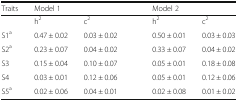
| Traits | <COLSPAN=2> Model 1 |  | <COLSPAN=2> Model 2 |
 | --- | --- | --- | --- | --- | --- |
 |  | h2 | c2 |  | h2 | c2 |
 | S1a | 0.47 ± 0.02 | 0.03 ± 0.02 |  | 0.50 ± 0.01 | 0.03 ± 0.03 |
 | S2a | 0.23 ± 0.07 | 0.04 ± 0.02 |  | 0.33 ± 0.07 | 0.04 ± 0.02 |
 | S3 | 0.15 ± 0.04 | 0.10 ± 0.07 |  | 0.05 ± 0.01 | 0.18 ± 0.08 |
 | S4 | 0.03 ± 0.01 | 0.12 ± 0.06 |  | 0.05 ± 0.01 | 0.12 ± 0.06 |
 | S5a | 0.02 ± 0.06 | 0.04 ± 0.01 |  | 0.02 ± 0.08 | 0.01 ± 0.02 |